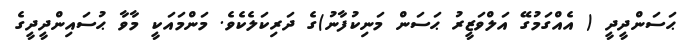
ޙަސަންދީދީ ( އެއްގަމުގޭ އަލްވަޒީރު ޙަސަން މަނިކުފާނު)ގެ ދަރިކަލެކެވެ. މަންމައަކީ މާވާ ޙުސައިންދީދީގެ